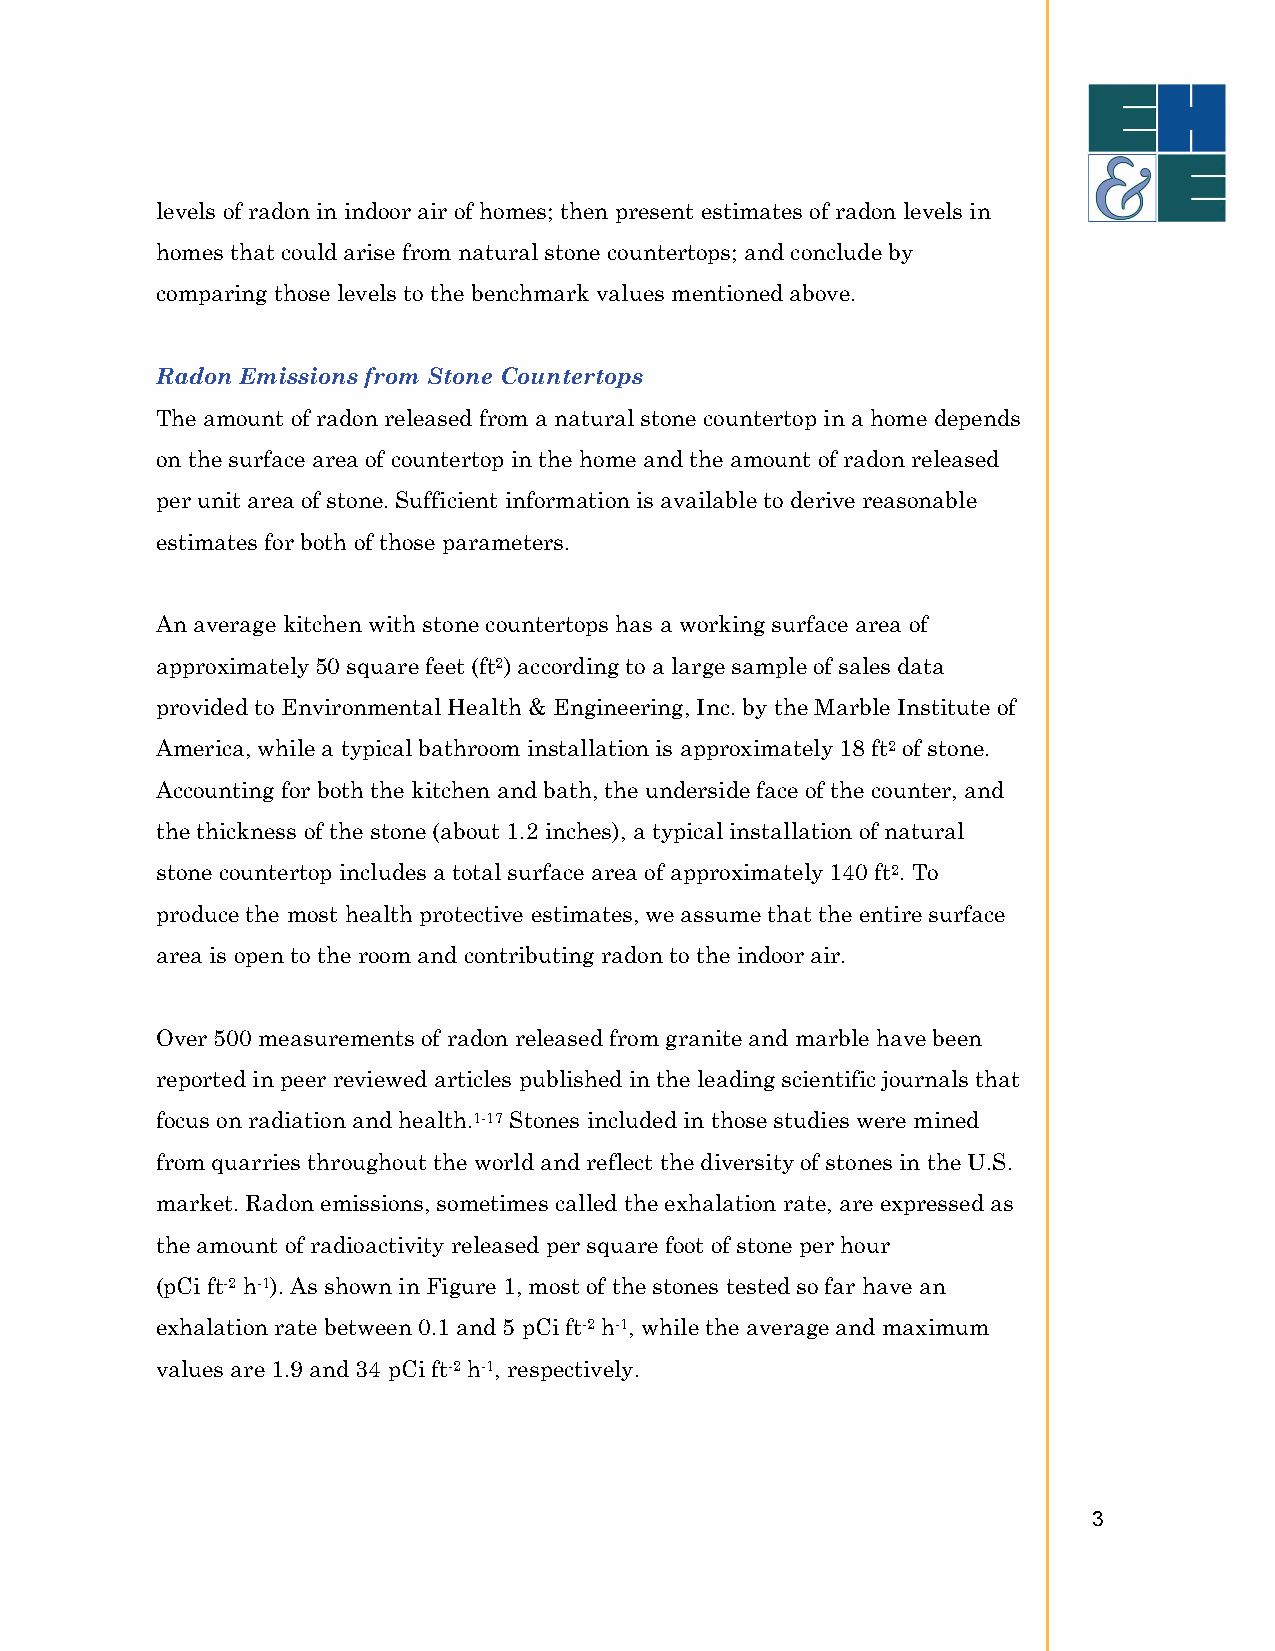
levels of radon in indoor air of homes; then present estimates of radon levels in
 homes that could arise from natural stone countertops; and conclude by
 comparing those levels to the benchmark values mentioned above.
 Radon Emissions from Stone Countertops
 The amount of radon released from a natural stone countertop in a home depends
 on the surface area of countertop in the home and the amount of radon released
 per unit area of stone. Sufficient information is available to derive reasonable
 estimates for both of those parameters.
 An average kitchen with stone countertops has a working surface area of
 approximately 50 square feet (ft2) according to a large sample of sales data
 provided to Environmental Health & Engineering, Inc. by the Marble Institute of
 America, while a typical bathroom installation is approximately 18 ft2 of stone.
 Accounting for both the kitchen and bath, the underside face of the counter, and
 the thickness of the stone (about 1.2 inches), a typical installation of natural
 stone countertop includes a total surface area of approximately 140 ft2. To
 produce the most health protective estimates, we assume that the entire surface
 area is open to the room and contributing radon to the indoor air.
 Over 500 measurements of radon released from granite and marble have been
 reported in peer reviewed articles published in the leading scientific journals that
 focus on radiation and health.1-17 Stones included in those studies were mined
 from quarries throughout the world and reflect the diversity of stones in the U.S.
 market. Radon emissions, sometimes called the exhalation rate, are expressed as
 the amount of radioactivity released per square foot of stone per hour
 (pCi ft-2 h-1). As shown in Figure 1, most of the stones tested so far have an
 exhalation rate between 0.1 and 5 pCi ft-2 h-1, while the average and maximum
 values are 1.9 and 34 pCi ft-2 h-1, respectively.
 3